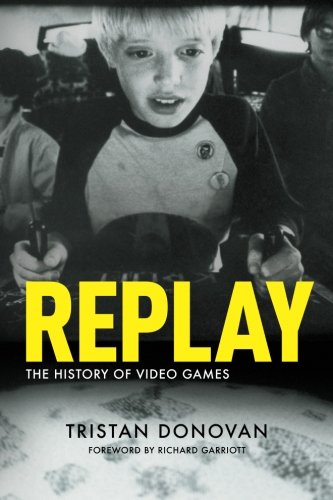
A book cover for Replay: The History of Video Games; Tristan Donovan; Computers & Technology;